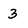
Character: 3